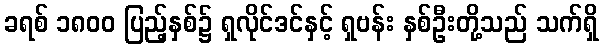
ခရစ် ၁၈၀၀ ပြည့်နှစ်၌ ရှလိုင်ဒင်နှင့် ရှဗန်း နှစ်ဦးတို့သည် သက်ရှိ